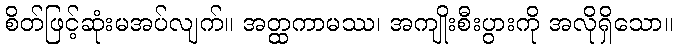
စိတ်ဖြင့်ဆုံးမအပ်လျက်။ အတ္ထကာမဿ၊ အကျိုးစီးပွားကို အလိုရှိသော။